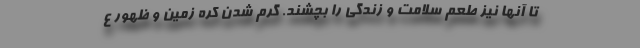
تا آنها نیز طعم سلامت و زندگی را بچشند. گرم شدن کره زمین و ظهور ع